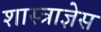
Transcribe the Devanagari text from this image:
शास्त्राज्ञेस